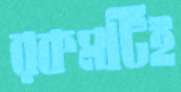
রকমটিই